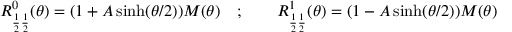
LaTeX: R _ { \frac { 1 } { 2 } \frac { 1 } { 2 } } ^ { 0 } ( \theta ) = ( 1 + A \sinh ( \theta / 2 ) ) M ( \theta ) \quad ; \qquad R _ { \frac { 1 } { 2 } \frac { 1 } { 2 } } ^ { 1 } ( \theta ) = ( 1 - A \sinh ( \theta / 2 ) ) M ( \theta )